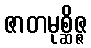
ဇာတမုစ္ဆိဇ္ဇ